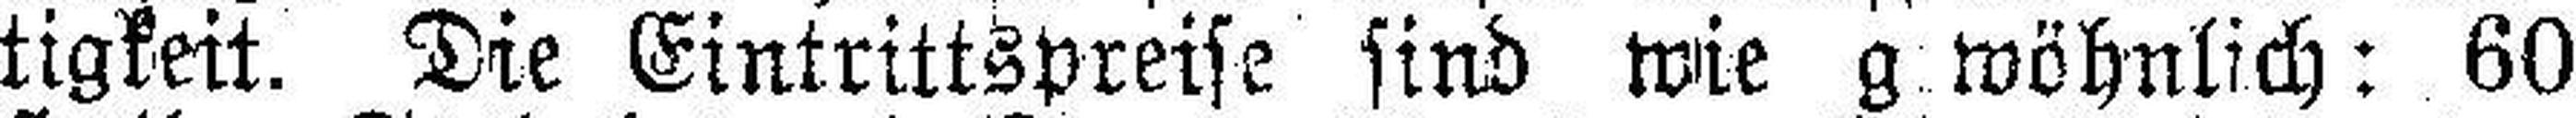
tigkeit. Die Eintrittspreise sind wie g wöhnlich: 60